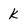
Character: k